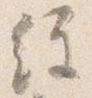
経